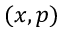
( x , p )